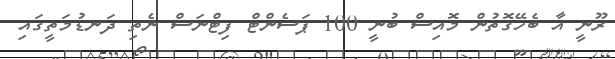
ރޫނީ އާ ބެހޭގޮތުން މޮއިސް ބުނީ 100 ޕަސެންޓް ފިޓްނަސް ނެތި ދަނޑުމަތީގައި